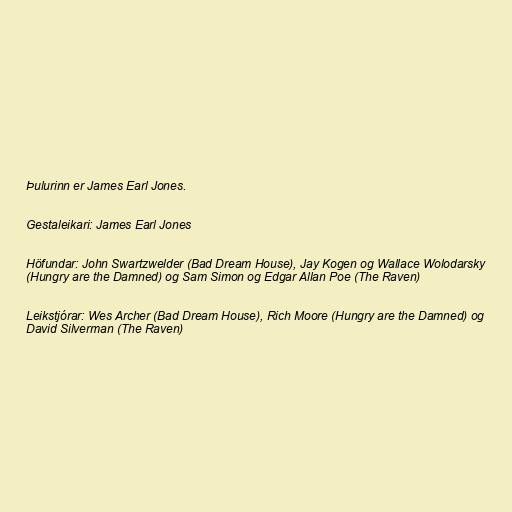
Þulurinn er James Earl Jones.

Gestaleikari: James Earl Jones

Höfundar: John Swartzwelder (Bad Dream House), Jay Kogen og Wallace Wolodarsky
(Hungry are the Damned) og Sam Simon og Edgar Allan Poe (The Raven)

Leikstjórar: Wes Archer (Bad Dream House), Rich Moore (Hungry are the Damned) og
David Silverman (The Raven)